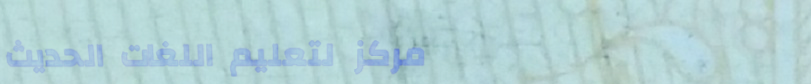
مركز لتعليم اللغات الحديث